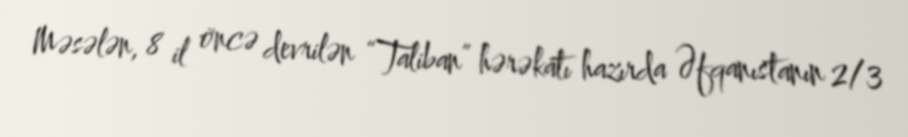
Məsələn, 8 il öncə devrilən “Taliban” hərəkatı hazırda Əfqanıstanın 2/3